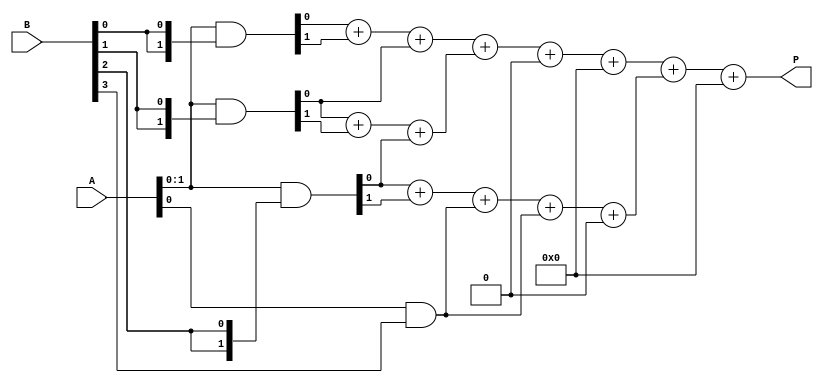
module dadda_multiplier #(parameter N = 4) (
    input [N-1:0] A,  // Multiplicand
    input [N-1:0] B,  // Multiplier
    output [2*N-1:0] P // Product
);
    // Partial product generation
    wire [N-1:0] pp [0:N-1]; // Partial products

    generate
        genvar i;
        for (i = 0; i < N; i = i + 1) begin : pp_gen
            assign pp[i] = A & {N{B[i]}}; // ANDing A with each bit of B
        end
    endgenerate

    // Stage 1: Reduce partial products
    wire [N:0] sum1 [0:N-1]; // Sum wires after stage 1
    wire [N:0] carry1 [0:N-1]; // Carry wires after stage 1

    // First stage of reduction
    generate
        genvar j;
        for (j = 0; j < N; j = j + 1) begin : stage1
            if (j < N-1) begin
                // Full adder for three inputs
                assign {carry1[j], sum1[j]} = pp[j][0] + pp[j][1] + pp[j+1][0];
            end else begin
                // Last partial product
                assign sum1[j] = pp[j][0];
                assign carry1[j] = 1'b0;
            end
        end
    endgenerate

    // Stage 2: Further reduction
    wire [N:0] sum2 [0:N/2-1]; // Sum wires after stage 2
    wire [N:0] carry2 [0:N/2-1]; // Carry wires after stage 2

    generate
        for (j = 0; j < N/2; j = j + 1) begin : stage2
            assign {carry2[j], sum2[j]} = sum1[2*j] + sum1[2*j+1] + carry1[2*j];
        end
    endgenerate

    // Final addition: Sum the results
    wire [2*N-1:0] final_sum;

    assign final_sum = {1'b0, sum2[0]} + {carry2[0], 1'b0} + {1'b0, sum2[1]} + {carry2[1], 1'b0};

    // Output product
    assign P = final_sum;

endmodule